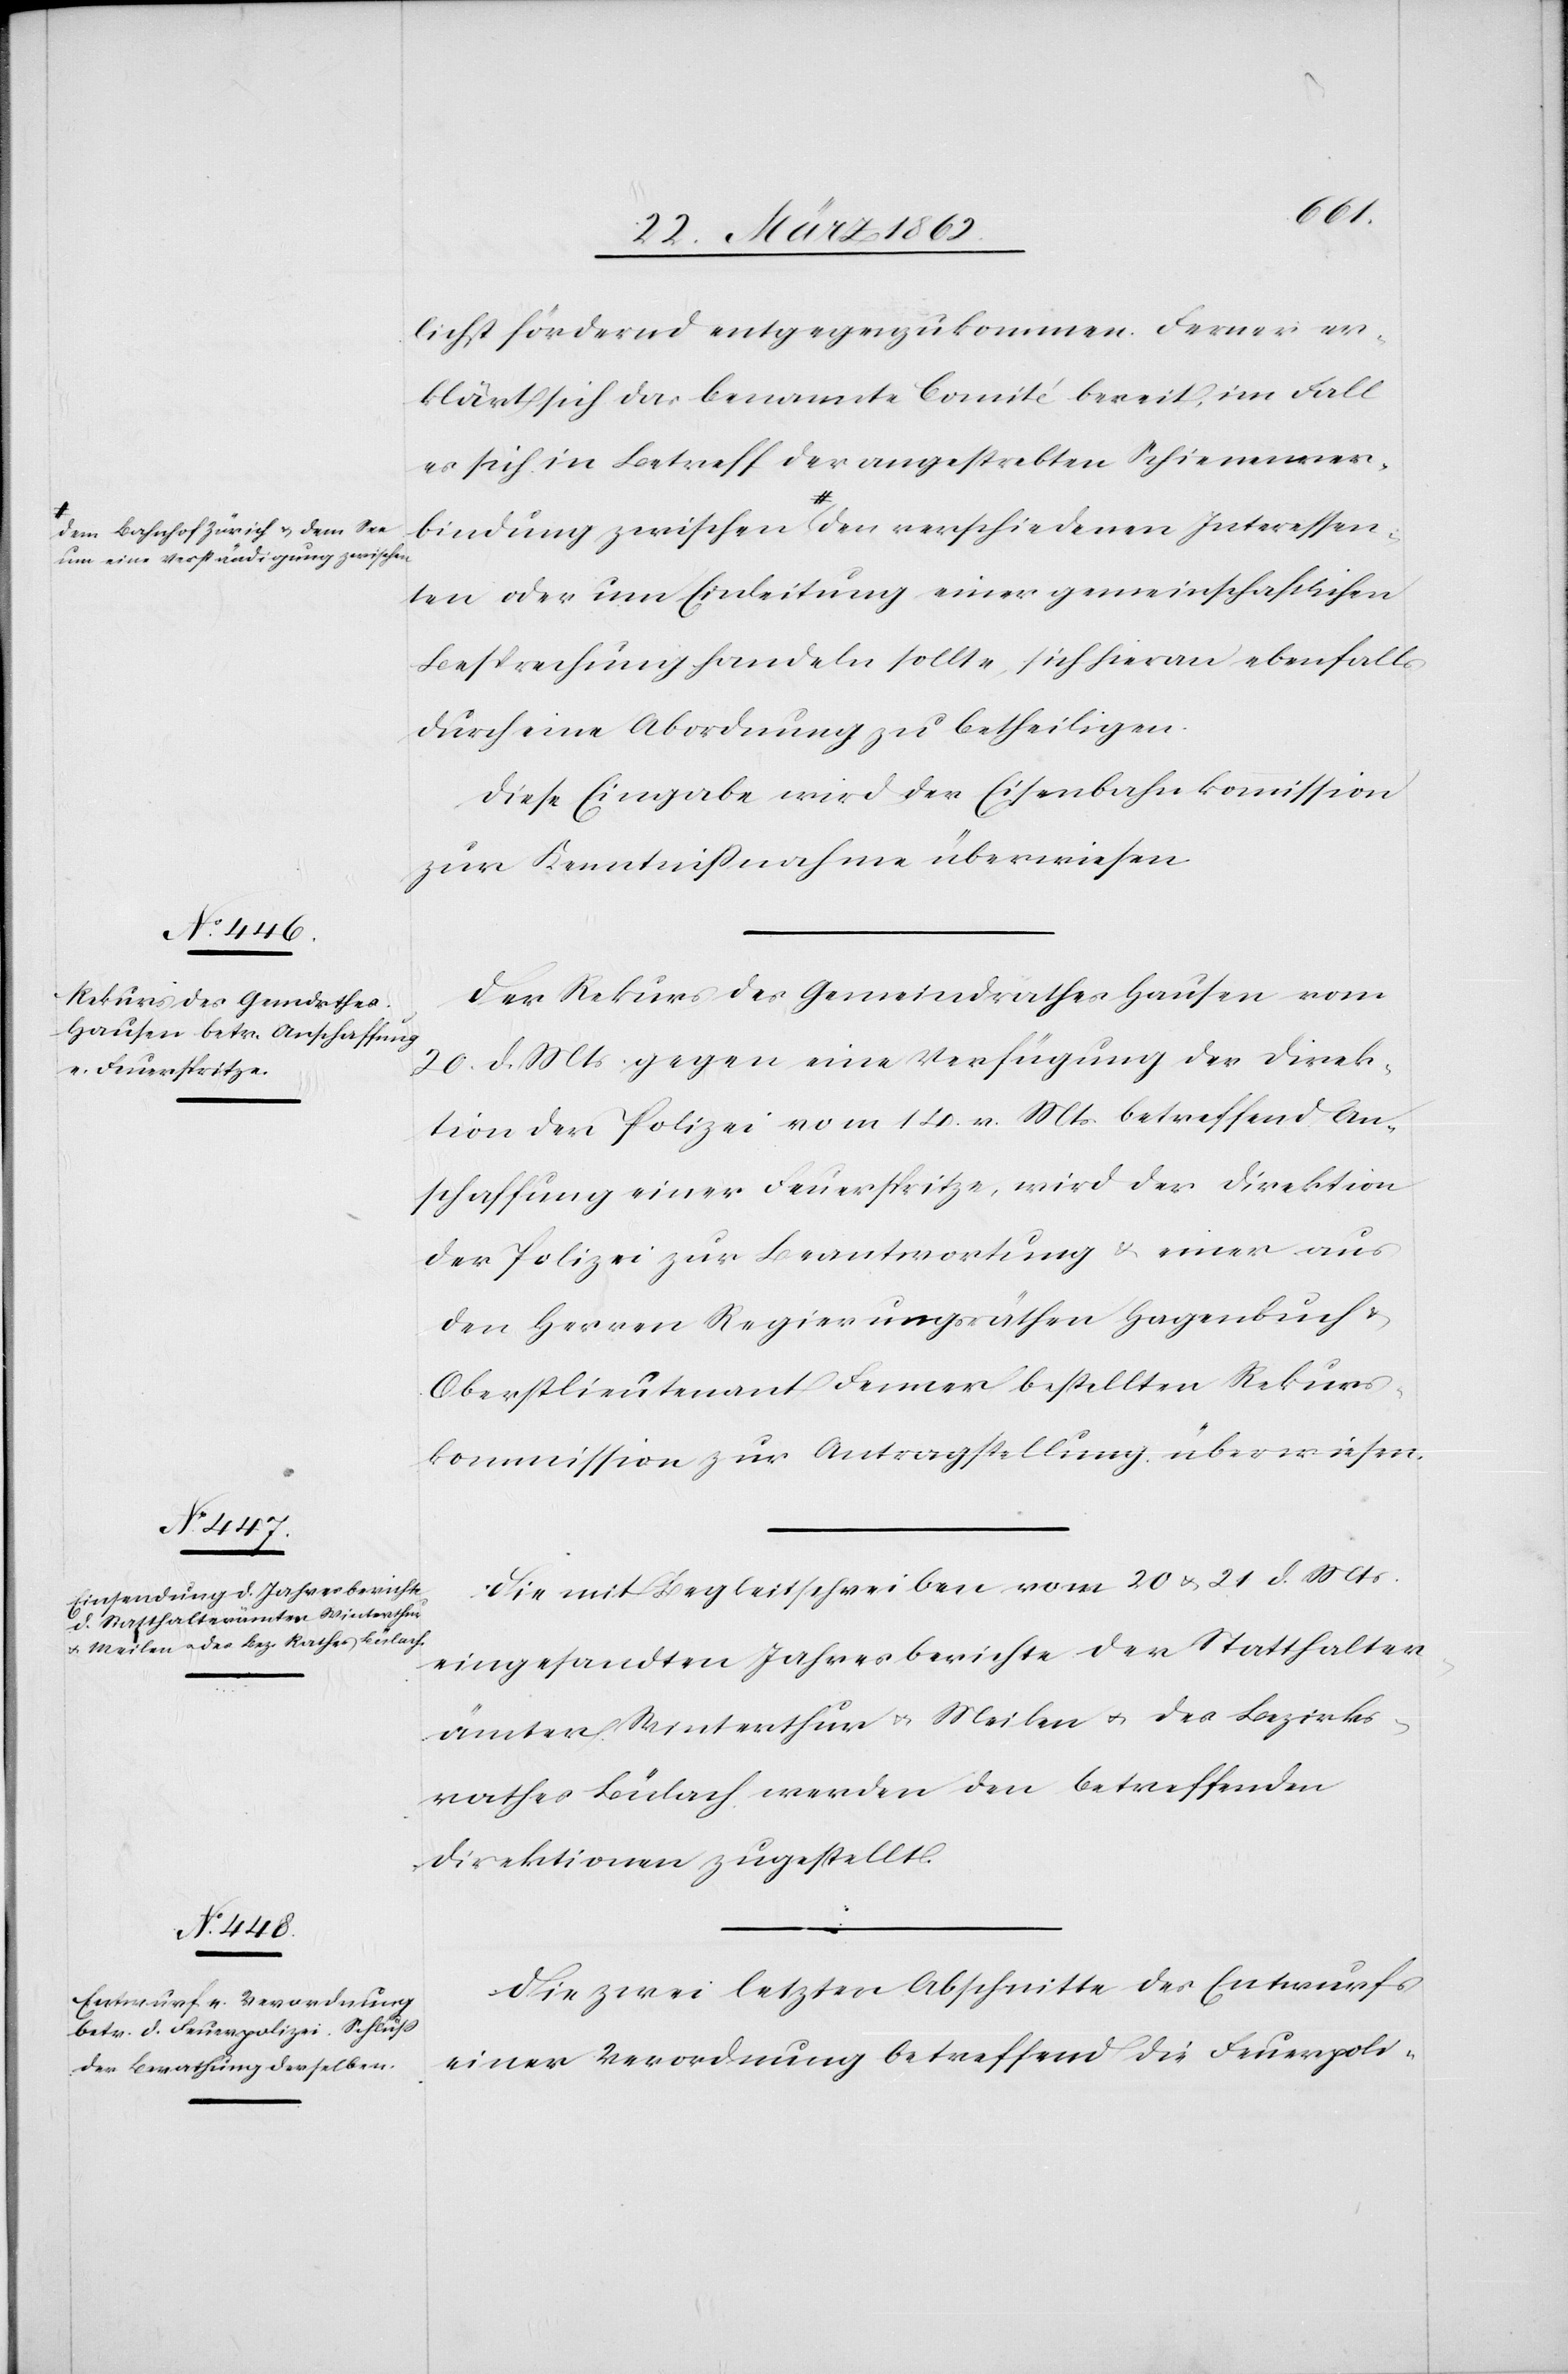
um eine Verständigung zwischen-a
Interessen¬

lichst fördernd entgegenzukommen. Ferner er¬
klärt sich das benannte Comité bereit, im Fall
es sich in Betreff der angestrebten Schienenver¬
ten oder um Einleitung einer gemeinschaftlichen
Besprechung handeln sollte, sich hieran ebenfalls
durch eine Abordnung zu betheiligen.
Diese Eingabe wird der Eisenbahkommission
zur Kenntnißnahme überwiesen.
Der Rekurs des Gemeindrathes Hausen vom
20. d. Mts. gegen eine Verfügung der Direk¬
tion der Polizei vom 14. v. Mts. betreffend An¬
schaffung einer Feuerspritze, wird der Direktion
der Polizei zur Beantwortung & einer aus
den Herren Regierungsräthen Hagenbuch &
Oberstlieutenant Fenner bestellten Rekurs¬
kommission zur Antragstellung überwiesen.
Die mit Begleitschreiben vom 20 u. 21 d. Mts.
eingesandten Jahresberichte der Statthalter¬
ämter Winterthur u. Meilen u. des Bezirks¬
rathes Bülach werden den betreffenden
Direktionen zugestellt.
Die zwei letzten Abschnitte des Entwurfs
einer Verordnung betreffend die Feuerpoli-